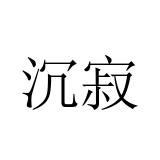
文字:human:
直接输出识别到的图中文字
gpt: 沉寂